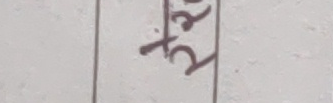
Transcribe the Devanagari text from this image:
रई